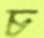
চ